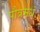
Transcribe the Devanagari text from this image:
पौत्रमधं